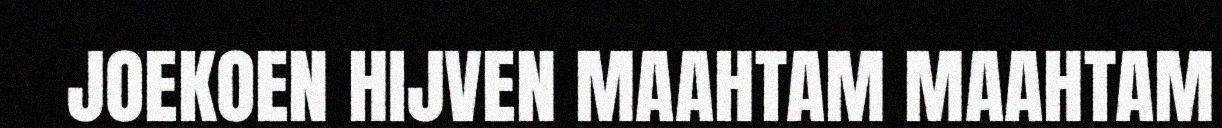
JOEKOEN HIJVEN MAAHTAM MAAHTAM